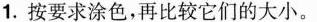
1.按要求涂色，再比较它们的大小。